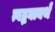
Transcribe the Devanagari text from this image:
त्वद्भक्त्यर्थं